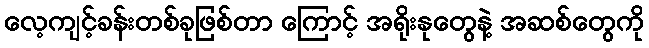
လေ့ကျင့်ခန်းတစ်ခုဖြစ်တာ ကြောင့် အရိုးနုတွေနဲ့ အဆစ်တွေကို